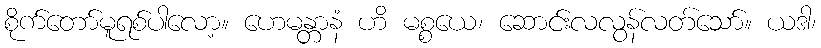
စိုက်တော်မူရစ်ပါလော့။ ဟေမန္တာနံ ဟိ မစ္စယေ၊ ဆောင်းလလွန်လတ်သော်။ ယဒါ၊